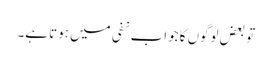
تو بعض لوگوں کا جواب نفی میں ہوتا ہے۔